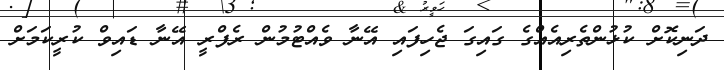
ދަނިކޮށް ކުޅުންތެރިއެއްގެ ގައިގަ ޖެހިފައި އޭނާ ވެއްޓުމުން ރެފްރީ އޭނާ ޑައިވް ކުރީކަމަށް